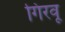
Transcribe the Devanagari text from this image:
गिरवू